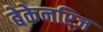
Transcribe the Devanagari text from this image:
बेकेनरिज